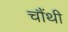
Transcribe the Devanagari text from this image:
चौंथी